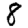
Digit: 8